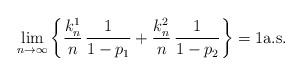
LaTeX: \begin{align*} \lim_{n\to\infty} \left\{\frac{k_n^1}{n} \, \frac{1}{1-p_1}+\frac{k_n^2}{n}\, \frac{1}{1-p_2} \right\} = 1 \hbox{\rm a.s.} \end{align*}